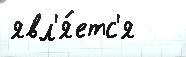
явл'я́етс'я